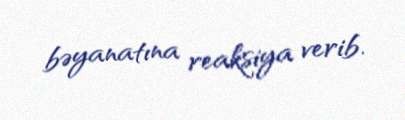
bəyanatına reaksiya verib.